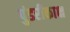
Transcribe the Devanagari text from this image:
पुंडरीकाक्ष